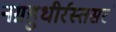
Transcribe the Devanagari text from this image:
नग्नहुधीर्रस्तसरं